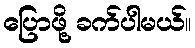
ပြောဖို့ ခက်ပါမယ်။